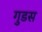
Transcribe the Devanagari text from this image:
गुडस